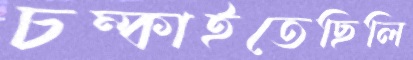
চম্‌কাইতেছিলি